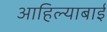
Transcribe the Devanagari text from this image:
आहिल्याबाई